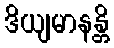
ဒိယျမာနန္တိ